Maemoisa_(Sinalepa)_vallavalitsus, lk 39
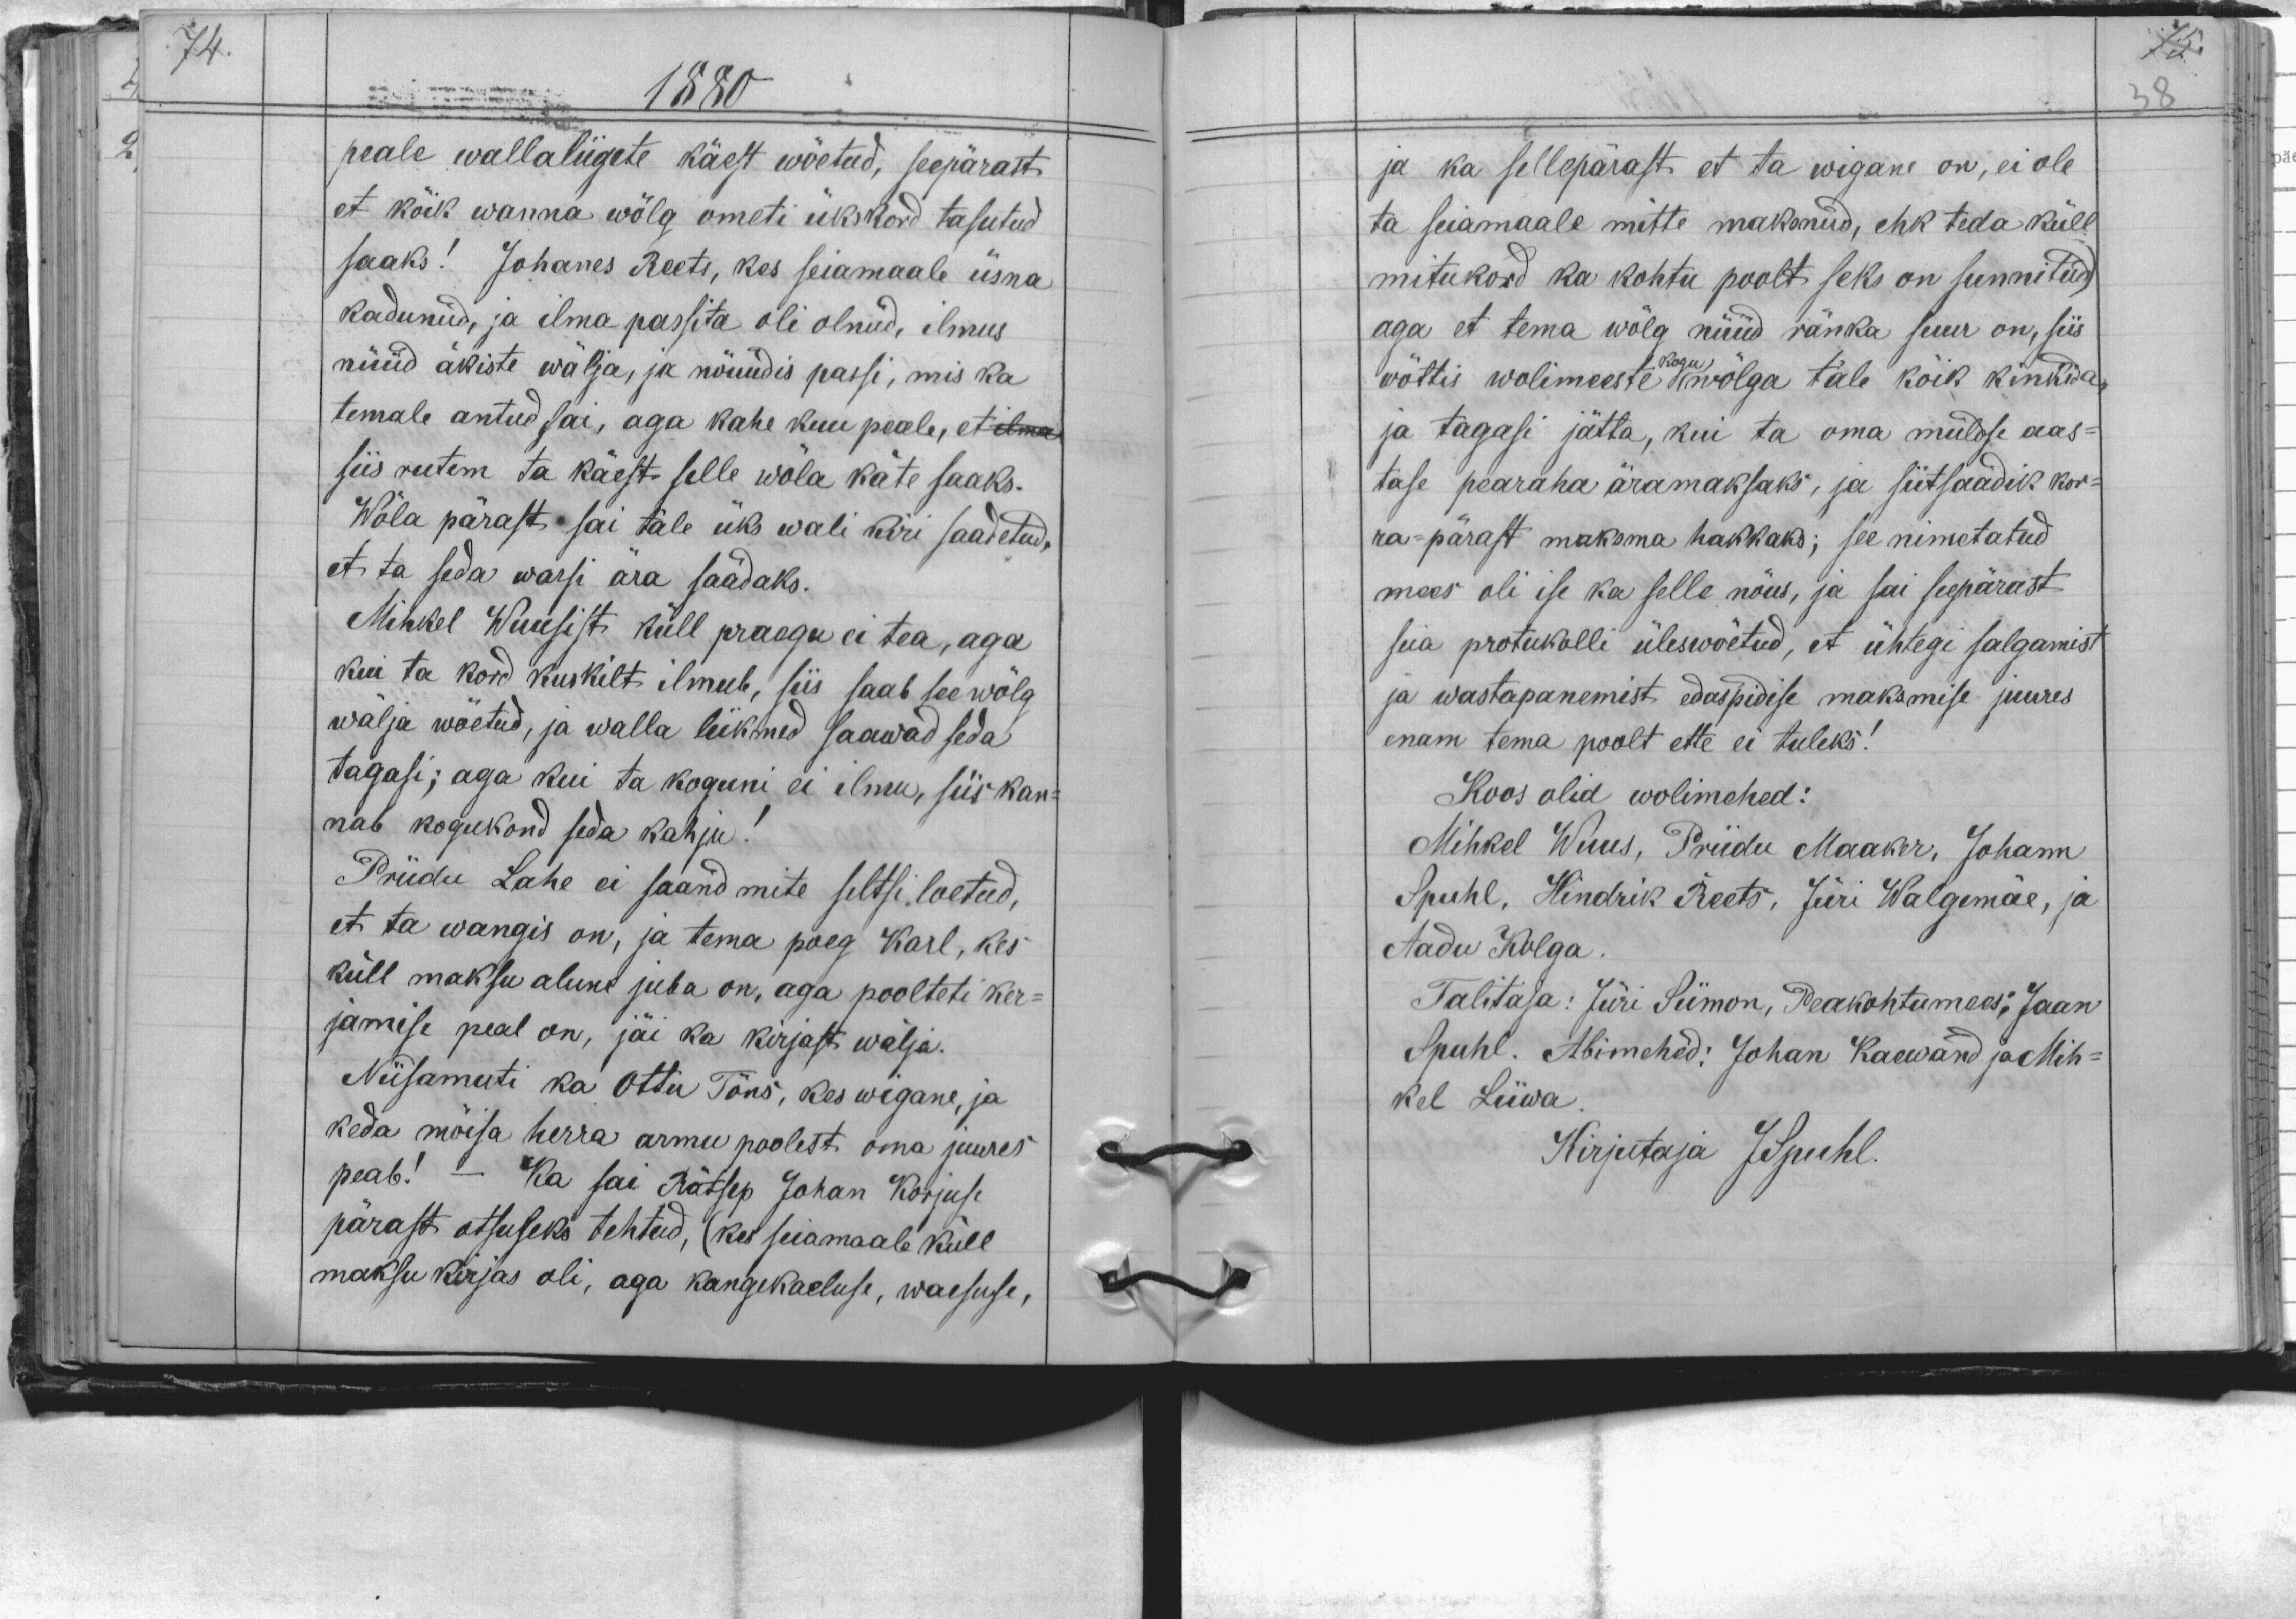
1880
peale wallaliigete käest wõetud, seepärast
et kõik wanna wõlg ometi ükskord tasutud
saaks! Johannes Reets, kes seiamaale üsna
kadunud, ja ilma passita oli olnud, ilmus
nüüd äkiste wälja, ja nõuudis passi, mis ka
temale antud sai, aga kahe kuu peale, et ilma
siis rutem ta käest selle wõla käte saaks.
Wõla pärast sai tale üks wali kiri saadetud,
et ta seda warsi ära saadaks.
Mihkel Wuusist küll praegu ei tea, aga
kui ta kord kuskilt ilmub, siis saab see wõlg
wälja wõetud, ja walla liikmed saawad seda
tagasi; aga kui ta koguni ei ilmu, siis kan-
nab kogukond seda kahju.
Priidu Lahe ei saand mite seltsi loetud,
et ta wangis on, ja tema poeg Karl, kes
küll maksu alune juba on, aga poolteti ker-
jamise peal on, jäi ka kirjast wälja.
Niisamuti ka Ottu Tõns, kes wigane, ja
keda mõisa herra armu poolest oma juures
peab! - Ka sai Rätsep Johan Korjuse
pärast otsuseks tehtud, kes seiamaale küll
maksu kirjas oli, aga kangekaeluse, waesuse,

ja ka sellepärast et ta wigane on, ei ole
ta seiamaale mitte maksnud, ehk teda küll
mitukord ka kohtu poolt seks on sunnitud,
aga et tema wõlg nüüd ränka suur on, siis
wõttis wolimeeste kogu wõlga tale kõik kinkida
ja tagasi jätta, kui ta oma muldse aas-
tase pearaha äramaksaks, ja siitsaadik kor-
ra-pärast maksma hakkaks; see nimetatud
mees oli ise ka selle nõus, ja sai seepärast
siia protukolli üleswõetud, et ühtegi salgamist
ja wastapanemist edaspidise maksmise juures
enam tema poolt ette ei tuleks!
Koos olid wolimehed:
Mihkel Wuus, Priidu Maaker, Johann
Spuhl, Hindrik Reets, Jüri Walgemäe, ja
Aadu Kolga
Talitaja: Jüri Siimon, Peakohtumees: Jaan
Spuhl. Abimehed: Johan Kaewand ja Mih-
kel Liiwa
Kirjutaja JSpuhl.